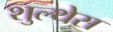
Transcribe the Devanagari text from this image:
शुल्थेस